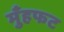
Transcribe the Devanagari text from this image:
मुँहफट